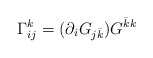
\begin{align*}\Gamma_{ij}^{k} = (\partial_i G_{j{\bar k}}) G^{{\bar k}k}\end{align*}